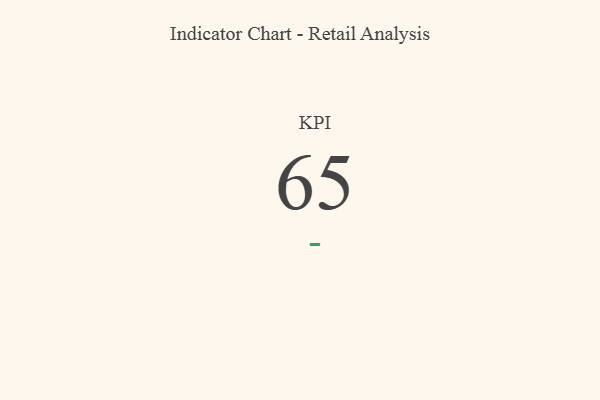
{"axis": {"x": "KPI", "y": "Value"}, "legend": [""], "data": [{"x": "KPI", "y": 65, "type": ""}]}